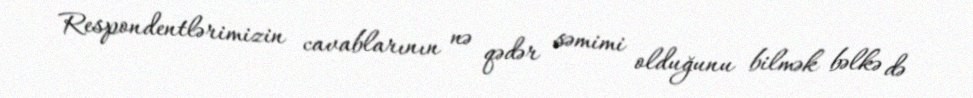
Respondentlərimizin cavablarının nə qədər səmimi olduğunu bilmək bəlkə də